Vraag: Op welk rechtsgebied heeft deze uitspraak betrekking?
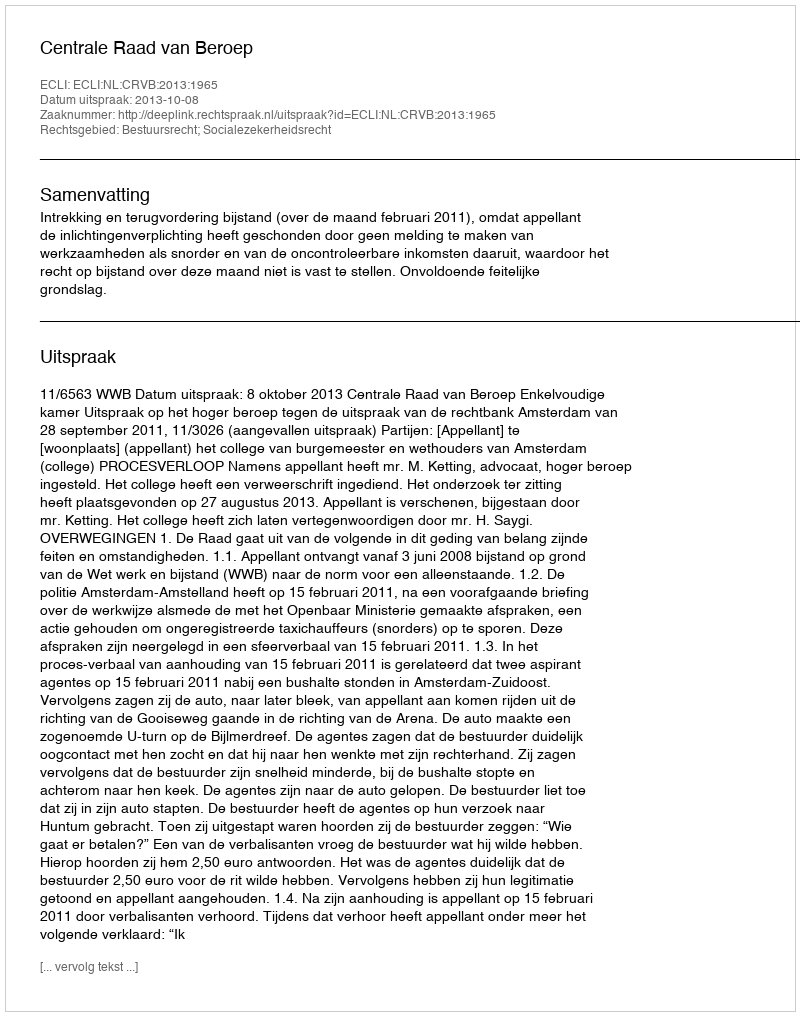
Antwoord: Bestuursrecht; Socialezekerheidsrecht